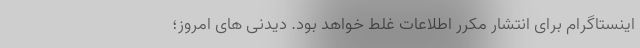
اینستاگرام برای انتشار مکرر اطلاعات غلط خواهد بود. دیدنی های امروز؛